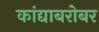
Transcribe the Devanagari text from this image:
कांद्याबरोबर